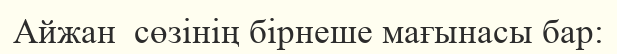
Айжан  сөзінің бірнеше мағынасы бар: